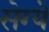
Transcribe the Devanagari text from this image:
सेग्ये